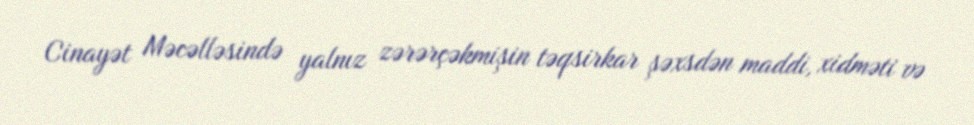
Cinayət Məcəlləsində yalnız zərərçəkmişin təqsirkar şəxsdən maddi, xidməti və